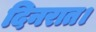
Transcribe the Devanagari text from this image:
दिनरात।